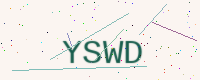
Text: YSWD